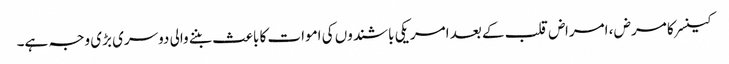
کینسر کا مرض ، امراض قلب کے بعد امریکی باشندوں کی اموات کا باعث بننے والی دوسری بڑی وجہ ہے۔